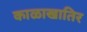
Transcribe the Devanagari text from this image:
काळाखातिर